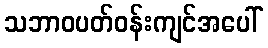
သဘာဝပတ်ဝန်းကျင်အပေါ်